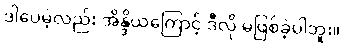
ဒါပေမဲ့လည်း အိန္ဒိယကြောင့် ဒီလို မဖြစ်ခဲ့ပါဘူး။